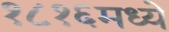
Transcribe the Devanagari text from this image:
१८१६मध्ये